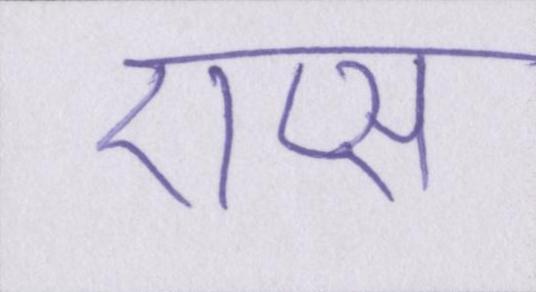
ऐप्स